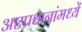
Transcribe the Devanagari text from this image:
अष्टप्रधानांमध्यें